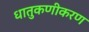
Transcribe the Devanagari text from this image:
धातुकणीकरण